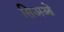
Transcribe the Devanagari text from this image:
सिअओं